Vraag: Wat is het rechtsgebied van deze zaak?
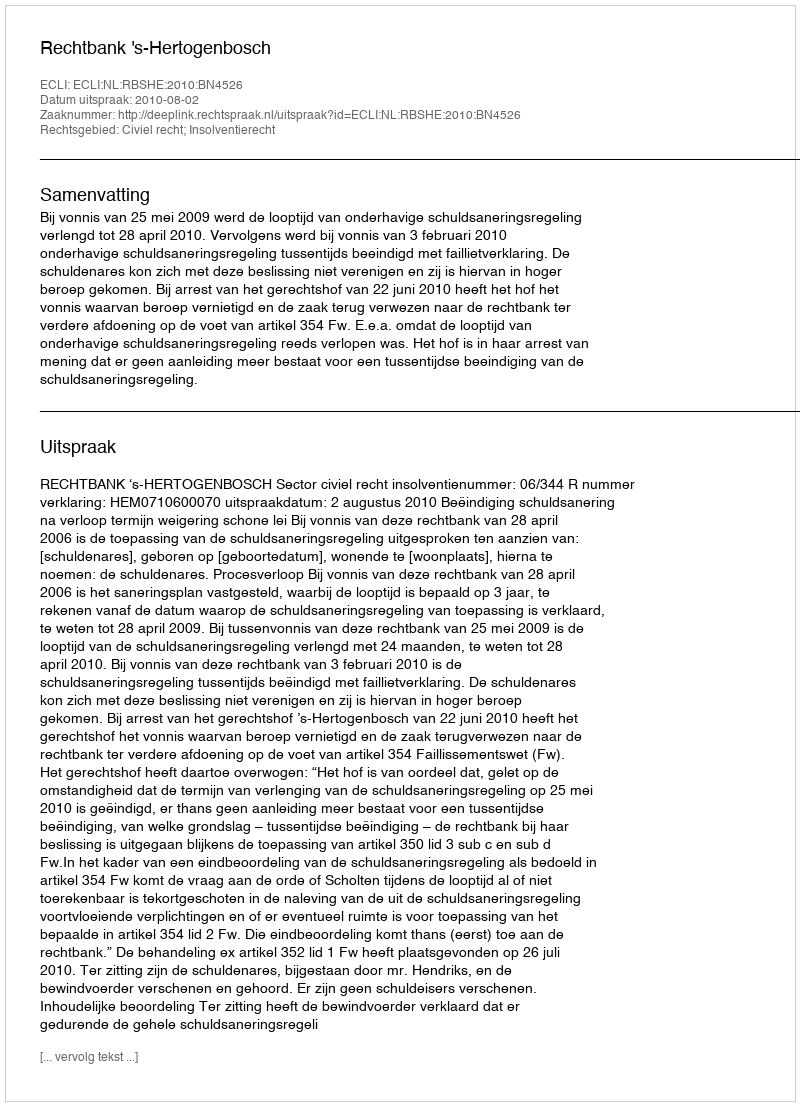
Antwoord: Civiel recht; Insolventierecht